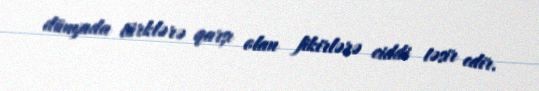
dünyada türklərə qarşı olan fikirlərə ciddi təsir edir.